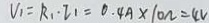
V _ { 1 } = R _ { 1 } \cdot I _ { 1 } = 0 . 4 A \times 1 0 \Omega = 4 v